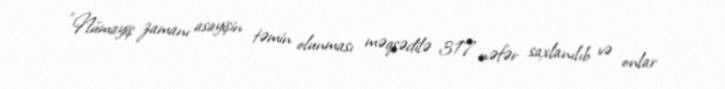
“Nümayiş zamanı asayişin təmin olunması məqsədilə 317 nəfər saxlanılıb və onlar